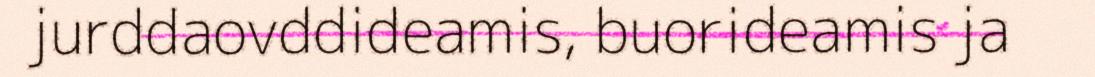
jurddaovddideamis, buorideamis ja